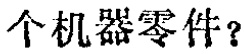
个机器零件？